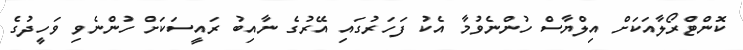
ކޮންޓްރޯލާއަކަށް އިލްޔާސް ހުންނެވުމާ އެކު ފަހަރުގައި އޭރުގެ ނާއިބު ރައީސަކަށް ހުންނެވި ވަހީދުގެ